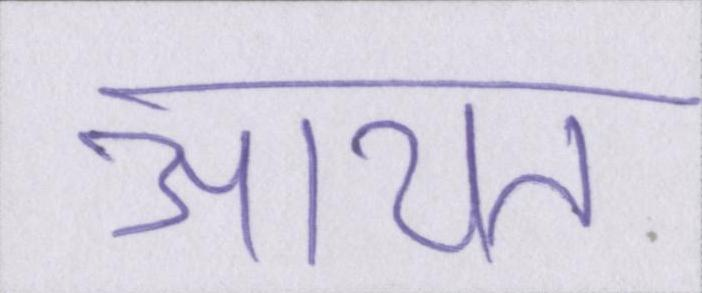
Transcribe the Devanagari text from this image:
आयत